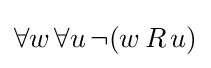
\forall w\,\forall u\,\neg (w\,R\,u)